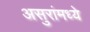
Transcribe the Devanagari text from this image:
असुरांमध्ये